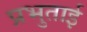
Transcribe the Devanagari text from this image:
प्रभुताई